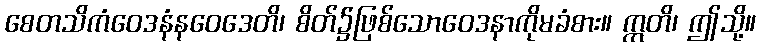
စေတသိကံဝေဒနံနဝေဒေတိ၊ စိတ်၌ဖြစ်သောဝေဒနာကိုမခံစား။ ဣတိ၊ ဤသို့။